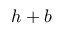
h + b